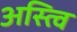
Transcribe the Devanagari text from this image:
अस्त्वि